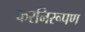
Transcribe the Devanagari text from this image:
करनिरूपण